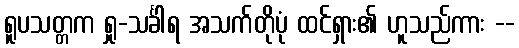
ရူပသတ္တက ရှု-သင်္ခါရ အသက်တိုပုံ ထင်ရှား၏ ဟူသည်ကား --